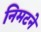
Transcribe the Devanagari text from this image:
निमटने